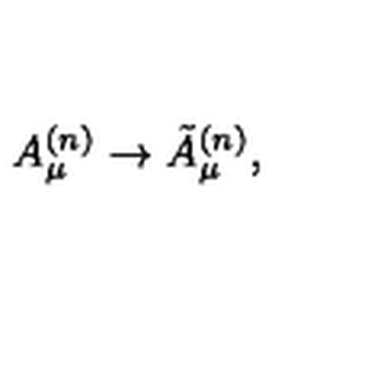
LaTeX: A _ { \mu } ^ { ( n ) } \rightarrow \tilde { A } _ { \mu } ^ { ( n ) } ,